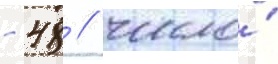
- 48 / число́